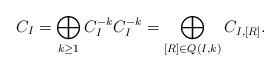
LaTeX: \begin{align*} C_I = \bigoplus_{k \geq 1} C_I^{-k} C_I^{-k} = \bigoplus_{[R] \in Q(I, k)} C_{I,[R]}.\end{align*}